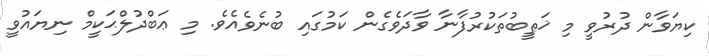
ކިޔަވާން ދުރުވީ މި ޚަޠީބުތަކުރުފާނާ ވާދަވެގެން ކަމުގައި ބުނެވެއެވެ. މި ޢަބްދުލްޙަކީމް ނިޔައުވީ